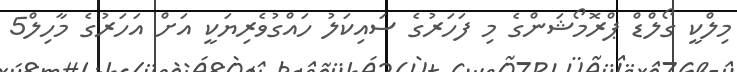
މިލްކީ ގޯލްޑް ޕްރޮމޯޝަންގެ މި ފަހަރުގެ ސައިކަލު ހައްގުވެރިޔަކީ އަށް އަހަރުގެ މާހިލް5